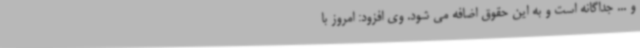
و ... جداگانه است و به این حقوق اضافه می شود. وی افزود: امروز با